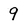
Character: 9